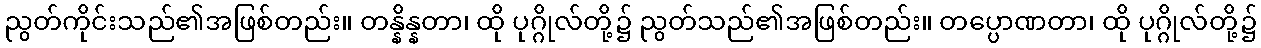
ညွတ်ကိုင်းသည်၏အဖြစ်တည်း။ တန္နိန္နတာ၊ ထို ပုဂ္ဂိုလ်တို့၌ ညွတ်သည်၏အဖြစ်တည်း။ တပ္ပောဏတာ၊ ထို ပုဂ္ဂိုလ်တို့၌